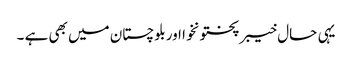
یہی حال خیبرپختونخوا اوربلوچستان میں بھی ہے ۔